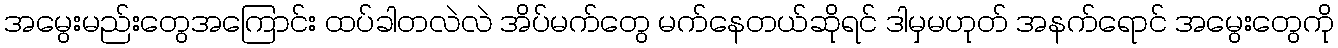
အမွေးမည်းတွေအကြောင်း ထပ်ခါတလဲလဲ အိပ်မက်တွေ မက်နေတယ်ဆိုရင် ဒါမှမဟုတ် အနက်ရောင် အမွေးတွေကို